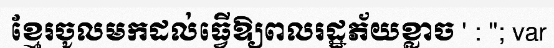
ខ្មែរចូលមកដល់ធ្វើឱ្យពលរដ្ឋភ័យខ្លាច ' : ''; var